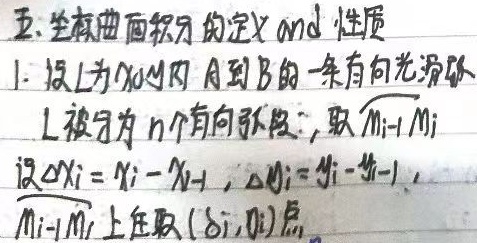
五、对坐标曲线积分的定义 and 性质
1. 设\(L\)为\(xOy\)内\(A\)到\(B\)的一条有向光滑弧，\(L\)被分为\(n\)个有向弧段，取\(\overset{\frown}{M_{i - 1}M_{i}}\)。设\(\Delta x_{i}=x_{i}-x_{i - 1}\)，\(\Delta y_{i}=y_{i}-y_{i - 1}\)，在\(\overset{\frown}{M_{i - 1}M_{i}}\)上任取\((\xi_{i},\eta_{i})\)点